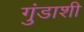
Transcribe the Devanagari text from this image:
गुंडाशी